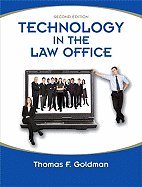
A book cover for Technology in the Law Office (Paperback, 2009) 2ND EDITION; Law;